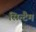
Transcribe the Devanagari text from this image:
सिन्टैम